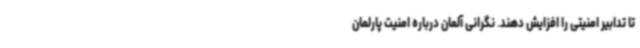
تا تدابیر امنیتی را افزایش دهند. نگرانی آلمان درباره امنیت پارلمان